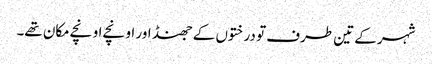
شہر کے تین طرف تو درختوں کے جھنڈ اور اونچے اونچے مکان تھے۔